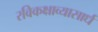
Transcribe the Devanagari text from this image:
रविकक्षाव्यासार्ध